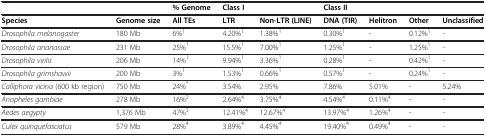
<table><thead><tr><td><b> </b></td><td><b> </b></td><td><b>% Genome</b></td><td><b>Class I</b></td><td><b> </b></td><td><b>Class II</b></td><td><b> </b></td><td><b> </b></td><td><b> </b></td></tr></thead><tbody><tr><td><b>Species</b></td><td><b>Genome size</b></td><td><b>All TEs</b></td><td><b>LTR</b></td><td><b>Non-LTR (LINE)</b></td><td><b>DNA (TIR)</b></td><td><b>Helitron</b></td><td><b>Other</b></td><td><b>Unclassified</b></td></tr><tr><td><i>Drosophila melanogaster</i></td><td>180 Mb</td><td>6%<sup>1</sup></td><td>4.20%<sup>1</sup></td><td>1.38%<sup>1</sup></td><td>0.30%<sup>1</sup></td><td>-</td><td>0.12%<sup>1</sup></td><td>-</td></tr><tr><td><i>Drosophila ananassae</i></td><td>231 Mb</td><td>25%<sup>1</sup></td><td>15.5%<sup>1</sup></td><td>7.00%<sup>1</sup></td><td>1.25%<sup>1</sup></td><td>-</td><td>1.25%<sup>1</sup></td><td>-</td></tr><tr><td><i>Drosophila virilis</i></td><td>206 Mb</td><td>14%<sup>1</sup></td><td>9.94%<sup>1</sup></td><td>3.36%<sup>1</sup></td><td>0.28%<sup>1</sup></td><td>-</td><td>0.42%<sup>1</sup></td><td>-</td></tr><tr><td><i>Drosophila grimshawii</i></td><td>200 Mb</td><td>3%<sup>1</sup></td><td>1.53%<sup>1</sup></td><td>0.66%<sup>1</sup></td><td>0.57%<sup>1</sup></td><td>-</td><td>0.24%<sup>1</sup></td><td>-</td></tr><tr><td><i>Calliphora vicina</i> (600 kb region)</td><td>750 Mb</td><td>24%<sup><i>*</i></sup></td><td>3.54%</td><td>2.95%</td><td>7.86%</td><td>5.01%</td><td>-</td><td>5.24%</td></tr><tr><td><i>Anopheles gambiae</i></td><td>278 Mb</td><td>16%<sup>2</sup></td><td>2.64%<sup>4</sup></td><td>3.75%<sup>4</sup></td><td>4.54%<sup>4</sup></td><td>0.11%<sup>4</sup></td><td>-</td><td>-</td></tr><tr><td><i>Aedes aegypty</i></td><td>1,376 Mb</td><td>47%<sup>3</sup></td><td>12.41%<sup>4</sup></td><td>12.67%<sup>4</sup></td><td>13.97%<sup>4</sup></td><td>1.26%<sup>4</sup></td><td>-</td><td>-</td></tr><tr><td><i>Culex quinquefasciatus</i></td><td>579 Mb</td><td>28%<sup>4</sup></td><td>3.89%<sup>4</sup></td><td>4.45%<sup>4</sup></td><td>19.40%<sup>4</sup></td><td>0.49%<sup>4</sup></td><td>-</td><td>-</td></tr></tbody></table>